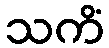
သကိံ